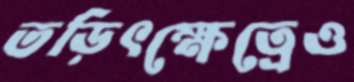
তড়িৎক্ষেত্রেও